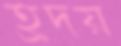
হ্রদয়